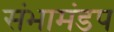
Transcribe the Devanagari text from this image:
संभामंडप